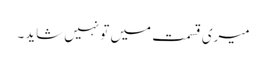
میری قسمت میں تو نہیں شاید۔